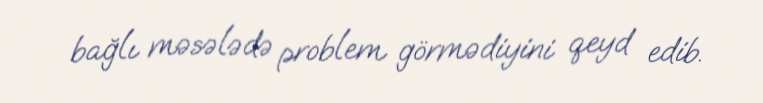
bağlı məsələdə problem görmədiyini qeyd edib.